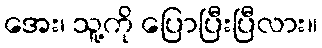
အေး၊ သူ့ကို ပြောပြီးပြီလား။